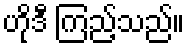
ဟိုဒီ ကြည့်သည်။